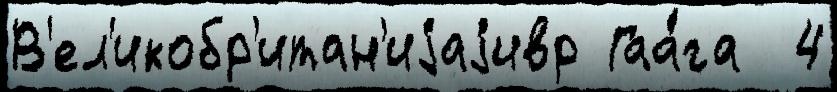
В'ел'икобр'итан'иjаjивр Гаа́га  4